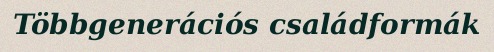
Többgenerációs családformák